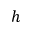
h